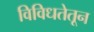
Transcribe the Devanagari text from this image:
विविधतेतून